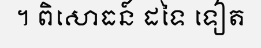
។ ពិសោធន៍ ដទៃ ទៀត